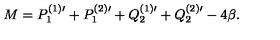
M = P _ { 1 } ^ { ( 1 ) \prime } + P _ { 1 } ^ { ( 2 ) \prime } + Q _ { 2 } ^ { ( 1 ) \prime } + Q _ { 2 } ^ { ( 2 ) \prime } - 4 \beta .